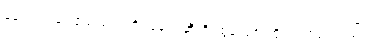
နောက်တန်း ဧည့်သည်ထိုင်ခုံတွေဆီကို ထွန်းဇော်ထိုက် ကြည့်တယ်။